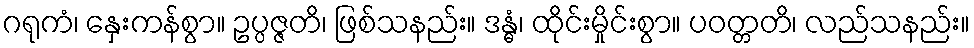
ဂရုကံ၊ နှေးကန်စွာ။ ဥပ္ပဇ္ဇတိ၊ ဖြစ်သနည်း။ ဒန္ဓံ၊ ထိုင်းမှိုင်းစွာ။ ပဝတ္တတိ၊ လည်သနည်း။